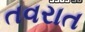
તવરાત